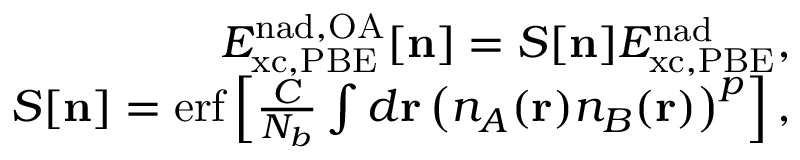
\begin{array} { r } { E _ { \mathrm { x c , P B E } } ^ { \mathrm { n a d , O A } } [ { \bf n } ] = S [ { \bf n } ] E _ { \mathrm { x c , P B E } } ^ { \mathrm { n a d } } , } \\ { S [ { \bf n } ] = \mathrm { e r f } \left[ \frac { C } { N _ { b } } \int d { \bf r } \left( n _ { A } ( { \bf r } ) n _ { B } ( { \bf r } ) \right) ^ { p } \right] , } \end{array}